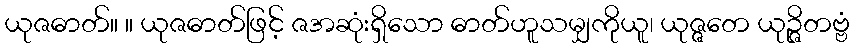
ယုဇဓာတ်။ ။ ယုဇဓာတ်ဖြင့် ဇအဆုံးရှိသော ဓာတ်ဟူသမျှကိုယူ၊ ယုဇ္ဇတေ ယုဉ္ဇိတဗ္ဗံ